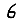
Digit: 6